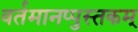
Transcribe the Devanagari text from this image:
वर्तमानप्पुस्तकम्